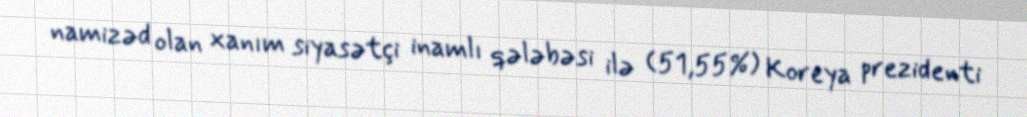
namizəd olan xanım siyasətçi inamlı qələbəsi ilə (51,55%) Koreya prezidenti